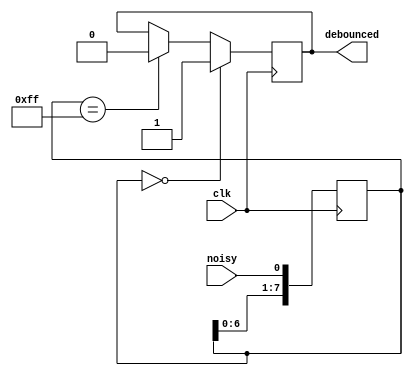
module debouncer (
	input 		noisy,
	input 		clk,
	output reg 	debounced
);

	reg [7:0] shiftreg;      //shift register used to wait for stable input
	
	always @ (posedge clk) 
	begin
		shiftreg[7:0] <= {shiftreg[6:0],noisy}; //shift in the current sampled value of the noisy input
		if (shiftreg[7:0] == 8'b00000000) 
		  begin
			debounced <= 1'b1; //if all 0s, then button is being pressed
		  end 
		else if (shiftreg[7:0] == 8'b11111111) 
		  begin
			debounced <= 1'b0; //if all 1s, then button is not being pressed
		  end 
		else 
		  begin
			debounced <= debounced;
		  end
	end

endmodule